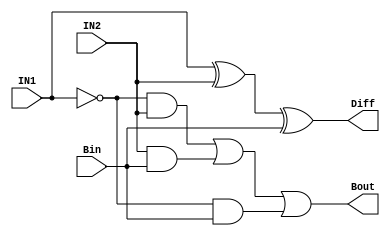
`timescale 1ns / 1ps

module FullSubtractor(
    input IN1,
    input IN2,
    input Bin,
    output reg Diff,
    output reg Bout
    );
    
    always @(IN1 or IN2 or Bin)
        begin
            
            Diff = IN1^IN2^Bin;
            Bout = (~IN1&IN2) | (IN2&Bin) | (~IN1&Bin);
                      
        end
    
endmodule